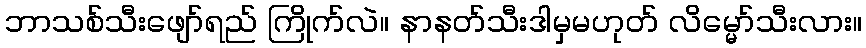
ဘာသစ်သီးဖျော်ရည် ကြိုက်လဲ။ နာနတ်သီးဒါမှမဟုတ် လိမ္မော်သီးလား။